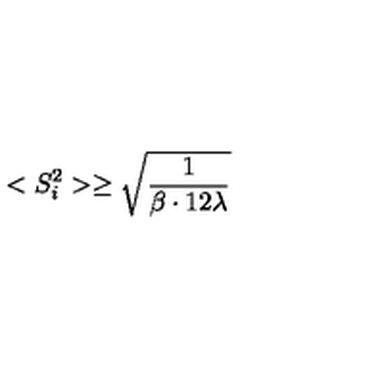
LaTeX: < S _ { i } ^ { 2 } > \ge { \sqrt \frac { 1 } { \beta \cdot 1 2 \lambda } }